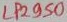
Text: LP2950